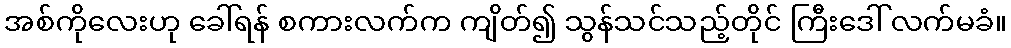
အစ်ကိုလေးဟု ခေါ်ရန် စကားလက်က ကျိတ်၍ သွန်သင်သည့်တိုင် ကြီးဒေါ် လက်မခံ။